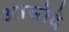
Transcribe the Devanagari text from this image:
आसोदे